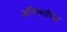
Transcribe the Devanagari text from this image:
अंगिकारिले